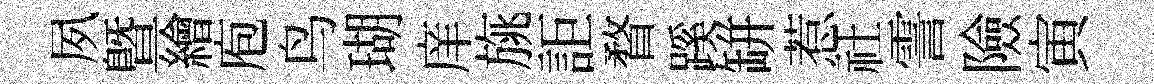
夙暨繪庖鸟瑚庠旐詎瞀蹊缾惹社霅險寅